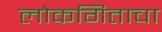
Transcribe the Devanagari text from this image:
लोकगिताचा